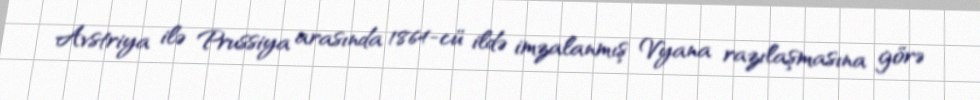
Avstriya ilə Prussiya arasında 1864-cü ildə imzalanmış Vyana razılaşmasına görə